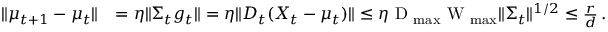
\begin{array} { r l } { \Vert \mu _ { t + 1 } - \mu _ { t } \Vert } & { = \eta \Vert \Sigma _ { t } g _ { t } \Vert = \eta \Vert D _ { t } ( X _ { t } - \mu _ { t } ) \Vert \leq \eta \textrm { D } _ { \operatorname* { m a x } } \textrm { W } _ { \operatorname* { m a x } } \Vert \Sigma _ { t } \Vert ^ { 1 / 2 } \leq \frac { r } { d } \, . } \end{array}